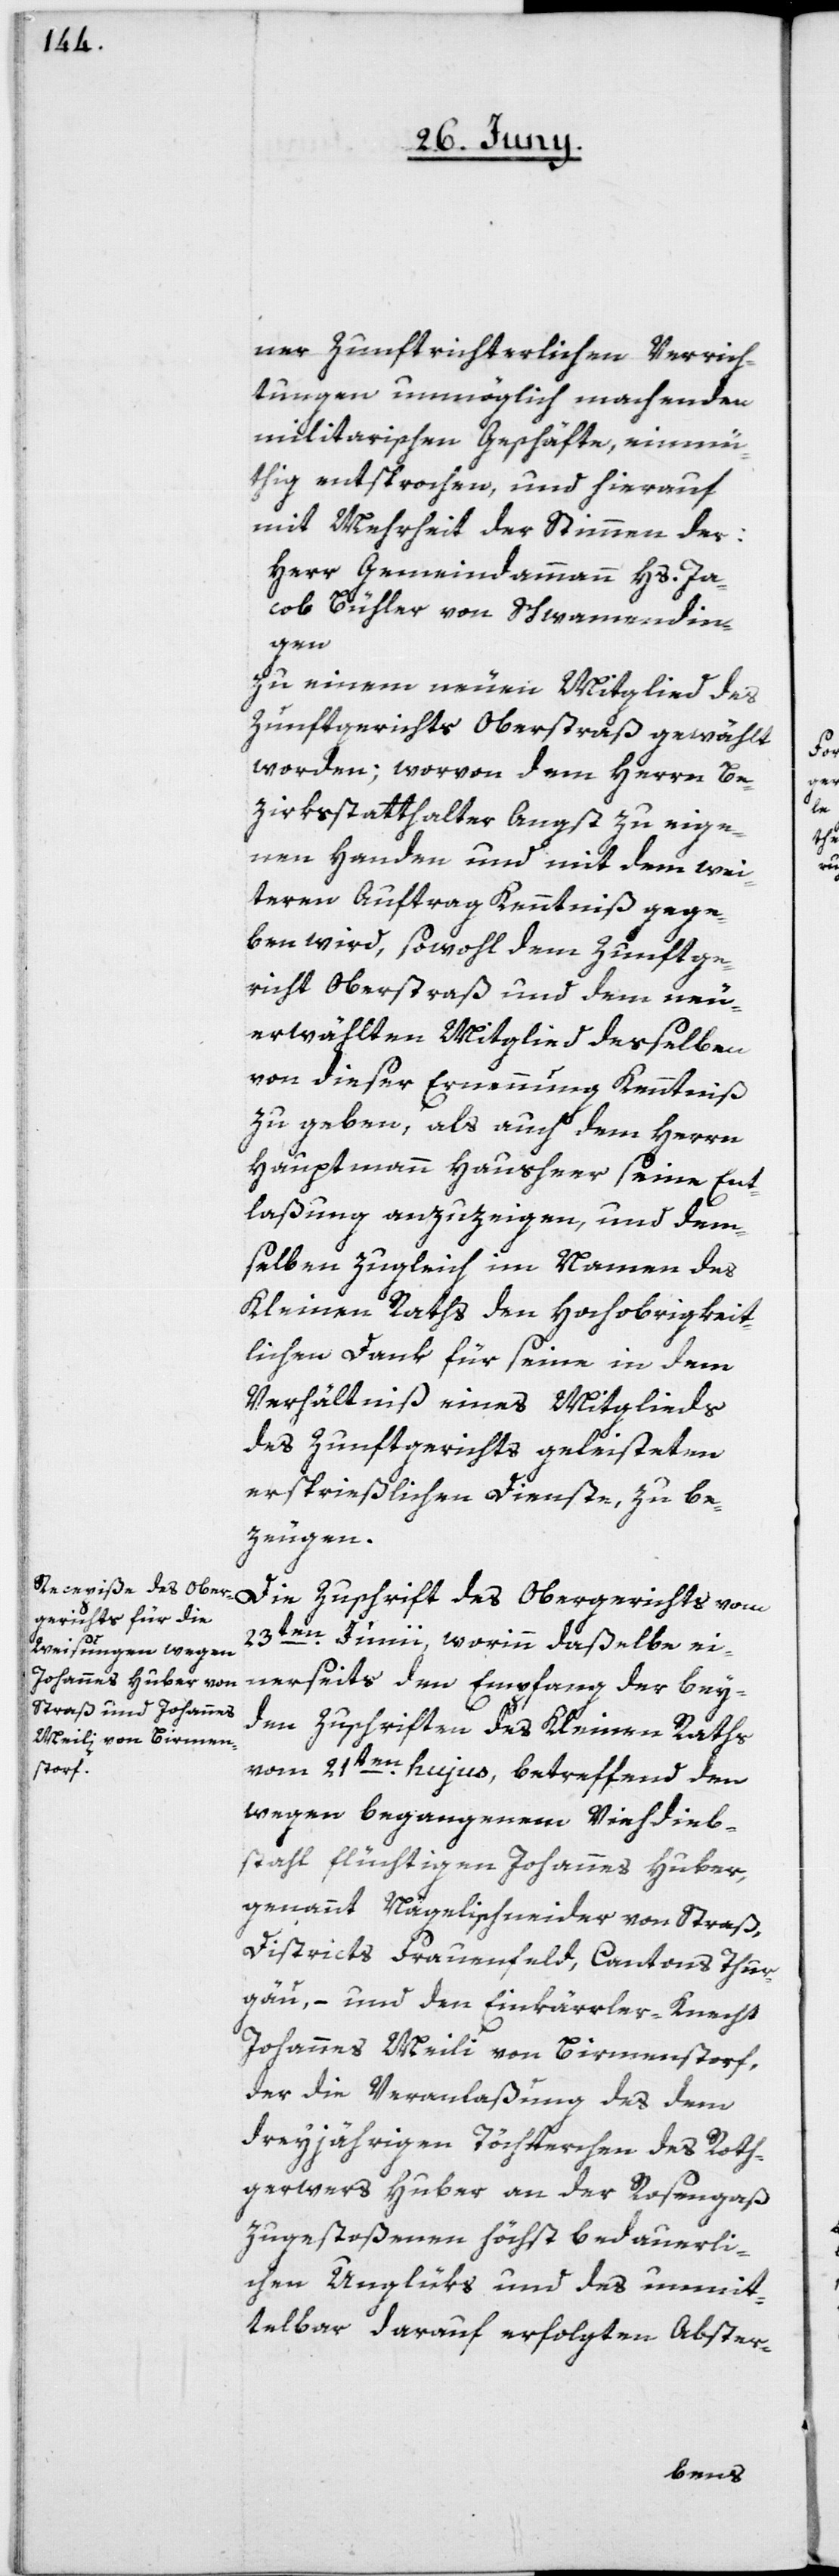
ner zunftrichterlichen Verrich¬
tungen unmöglich machenden
militarischen Geschäfte, einmü¬
thig entsprochen, und hierauf
mit Mehrheit der Stimmen der:
Herr Gemeindammann Hs. Ja¬
cob Bühler von Schwamendin¬
gen
zu einem neuen Mitglied des
Zunftgerichts Oberstraß gewählt
worden; worvon dem Herrn Be¬
zirksstatthalter Angst zu eige¬
nen Handen und mit dem wei¬
teren Auftrag Kenntniß gege¬
ben wird, sowohl dem Zunftge¬
richt Oberstraß und dem neu
erwählten Mitglied desselben
von dieser Ernennung Kenntniß
zu geben, als auch dem Herrn
Hauptmann Hausheer seine Ent¬
laßung anzuzeigen, und dem¬
selben zugleich im Namen des
Kleinen Raths den Hochobrigkeit¬
lichen Dank für seine in dem
Verhältniß eines Mitglieds
des Zunftgerichts geleisteten
ersprießlichen Dienste, zu be¬
zeugen.
Die Zuschrift des Obergerichts vom
23ten Junii, worinn daßelbe ei¬
nerseits den Empfang der bey¬
den Zuschriften des Kleinen Raths
vom 21ten hujus, betreffend den
wegen begangenem Viehdieb¬
stahl flüchtigen Johannes Huber,
genannt Nägeli Schneider von Straß,
Districts Frauenfeld, Cantons Thur¬
gau, – und den Einkärrler-Knecht
Johannes Meili von Birmenstorf,
der die Veranlaßung des dem
dreyjährigen Töchterchen des Roth¬
gerwers Huber an der Rosengaß
zugestoßenen höchst bedauerli¬
chen Unglüks und des unmit¬
telbar darauf erfolgten Abster-